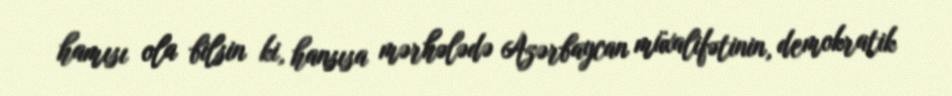
hamısı ola bilsin ki, hansısa mərhələdə Azərbaycan müxalifətinin, demokratik